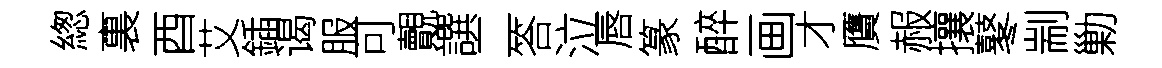
緫裏酉艾鍤谒服可覿譔二答泣唇篆醉画才贋赧攘鼕剬勦